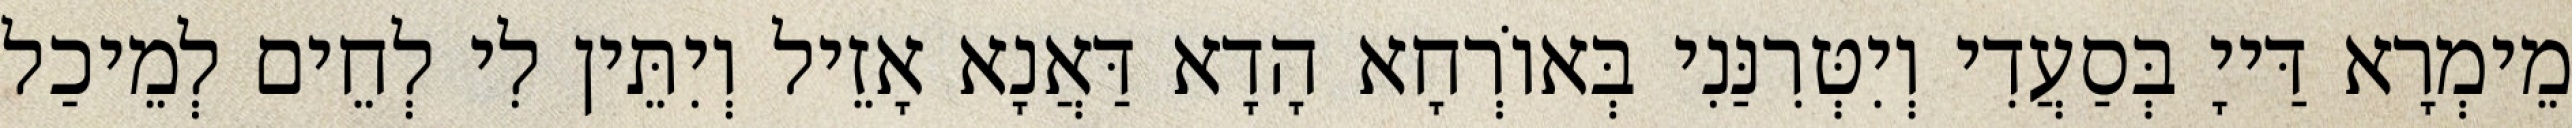
מֵימְרָא דַּייָ בְּסַעֲדִי וְיִטְּרִנַּנִי בְּאוֹרְחָא הָדָא דַּאֲנָא אָזֵיל וְיִתֵּין לִי לְחֵים לְמֵיכַל